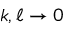
k , \ell \to 0